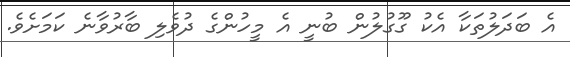
އެ ބަދަލުތަކާ އެކު ގޫގުލުން ބުނީ އެ މީހުންގެ ދުވެލި ބާރުވާނެ ކަމަށެވެ.